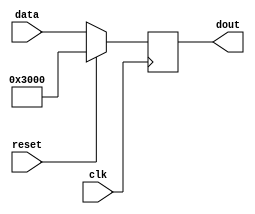
module pc(
    input wire clk,
    input    wire reset,
    input    wire[31:0]    data,
    output    reg[31:0]    dout
);

    always @(posedge clk) begin
        if(reset) begin
            $display("PC receive reset signal.");
            dout <= {32'h00003000};
        end
        else
            dout <= data[31:0];

        //$display("PC data_output: %x", dout);
    end
endmodule